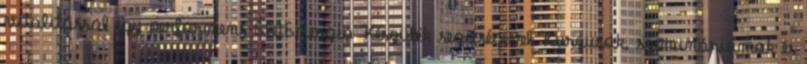
vitalitással egy performens ÉletEnergia Készülék segítségével Kurzusok, szemináriumok és